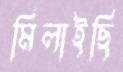
মিলাইছি